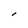
Character: l